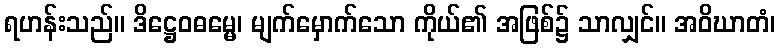
ရဟန်းသည်။ ဒိဋ္ဌေဝဓမ္မေ၊ မျက်မှောက်သော ကိုယ်၏ အဖြစ်၌ သာလျှင်။ အဝိဃာတံ၊